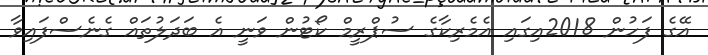
އޭގެ ފަހުން 2018އިގައި އެމެރިކާގެ ސުޕްރީމް ކޯޓުން ވަނީ އެ ބަދަލުތައް ގެނެސްފައިވާ